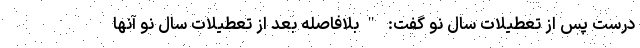
درست پس از تعطیلات سال نو گفت: "بلافاصله بعد از تعطیلات سال نو آنها